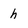
Character: h